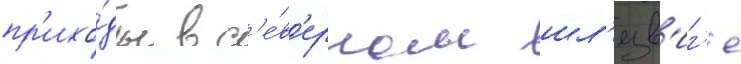
пр'ихо́ды в с'е́в'ерном шл'езв'иг'е